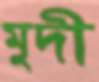
মুদী